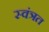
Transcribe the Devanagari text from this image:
स्वंत्रत